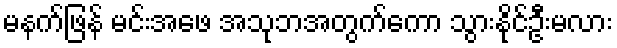
မနက်ဖြန် မင်းအဖေ အသုဘအတွက်ကော သွားနိုင်ဦးမလား